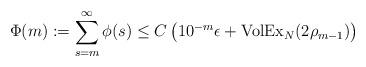
LaTeX: \begin{align*}\Phi(m):= \sum_{s=m}^{\infty}\phi(s) \leq C\left(10^{-m}\epsilon + {\rm VolEx}_{N}(2\rho_{m-1})\right)\end{align*}